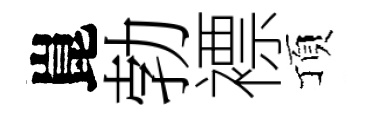
崑勃褾頂